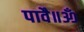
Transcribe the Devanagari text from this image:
पावै॥ॐ